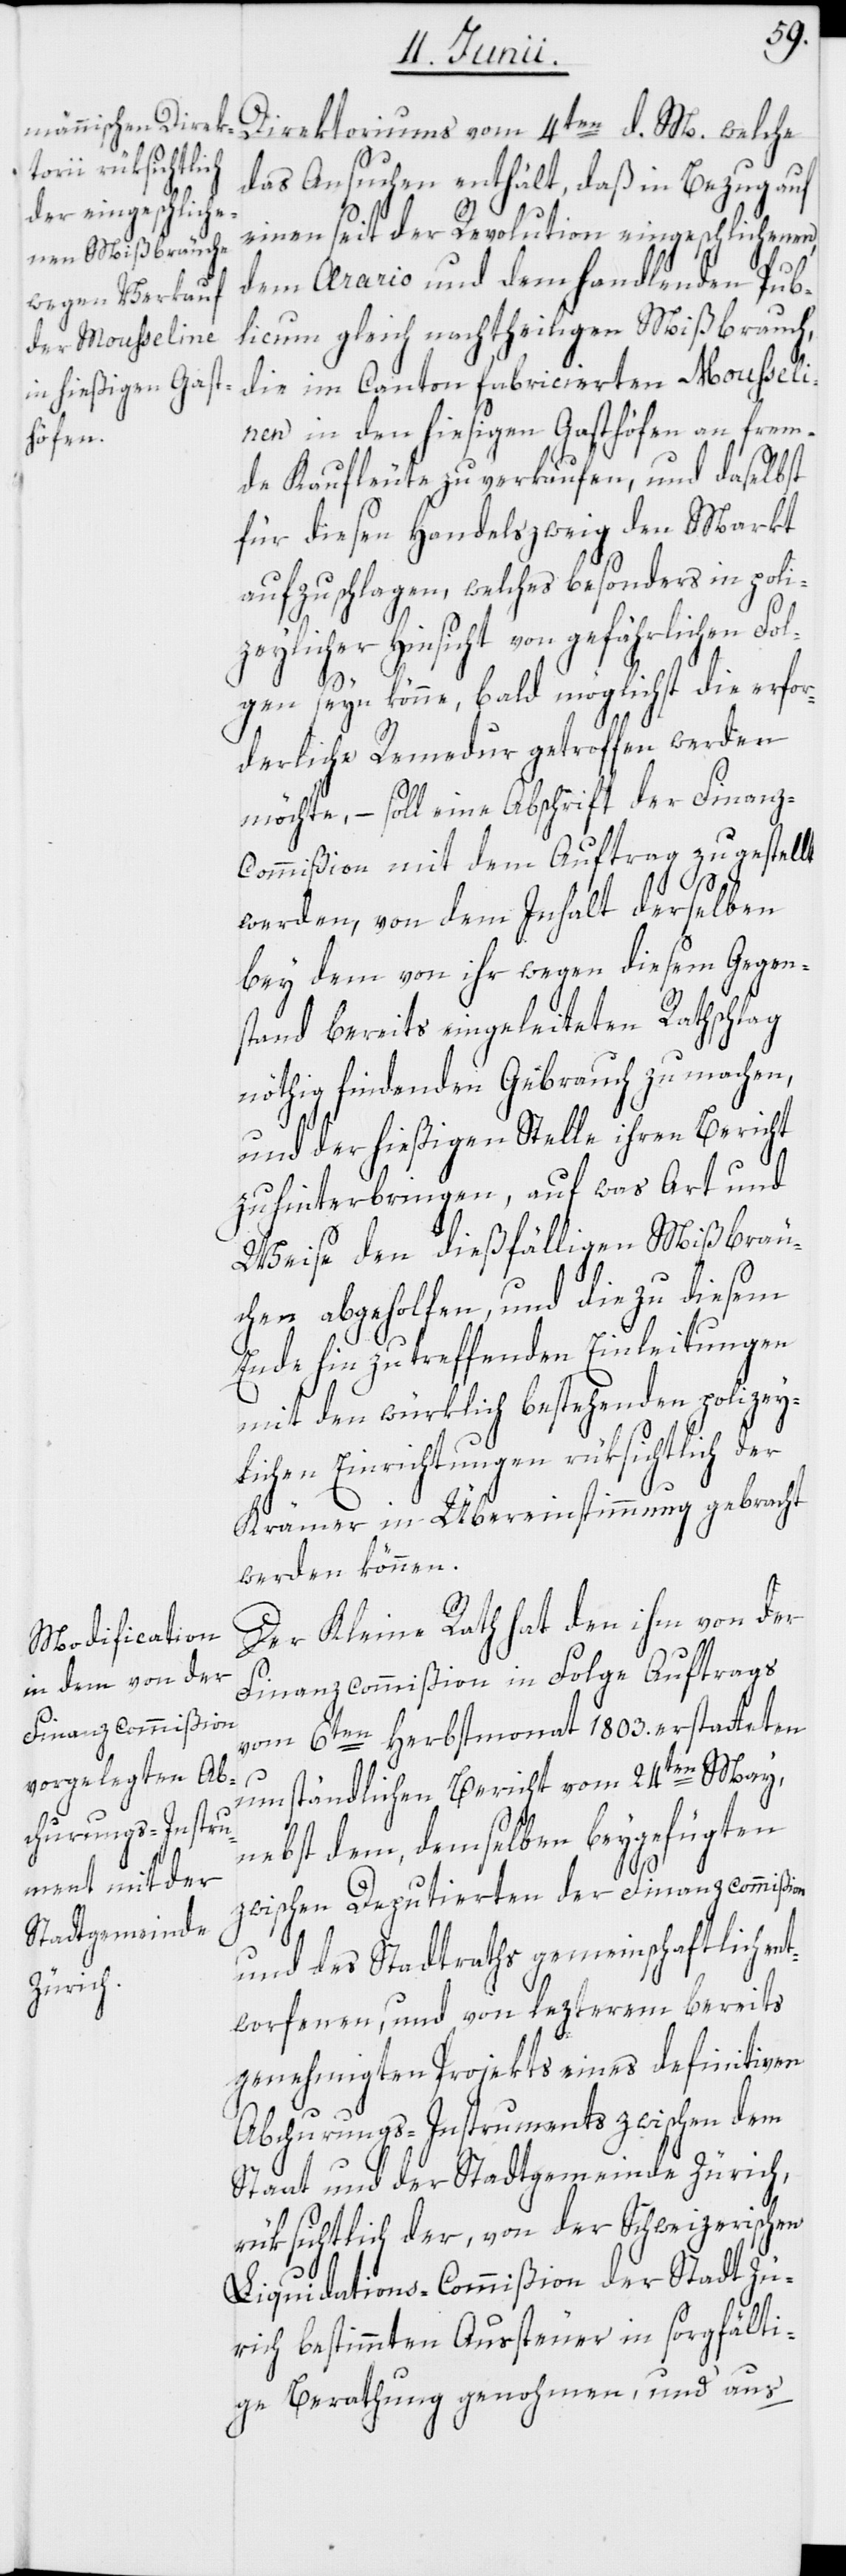
Direktoriums vom 4ten d. M. welche
das Ansuchen enthält, daß in Bezug auf
einen seit der Revolution eingeschlichenen,
dem Aerario und dem handlenden Pub¬
licums gleich nachtheiligen Mißbrauch,
die im Canton fabricierten Mousseli¬
nen in den hiesigen Gasthöfen an frem¬
de Kaufleute zu verkaufen, und daselbst
für diesen Handelszweig den Markt
aufzuschlagen, welches besonders in poli¬
zeylicher Hinsicht von gefährlichen Fol¬
gen seyn könne, bald möglichst die erfor¬
derliche Remedur getroffen werden
möchte, – soll eine Abschrift der Finanz¬
commißion mit dem Auftrag zugestellt
werden, von dem Inhalt derselben
bey dem von ihr wegen diesem Gegen¬
stand bereits eingeleiteten Rathschlag
nöthig findenden Gebrauch zu machen,
und der hießigen Stelle ihren Bericht
zu hinterbringen, auf was Art und
Weise den dießfälligen Mißbräu¬
chen abgeholfen, und die zu diesem
Ende hin zu treffenden Einleitungen
mit den würklich bestehenden polizey¬
lichen Einrichtungen rüksichtlich der
Krämer in Übereinstimmung gebracht
werden können.
Der Kleine Rath hat den ihm von der
Finanzcommißion in Folge Auftrags
vom 6ten Herbstmonat 1803. erstatteten
umständlichen Bericht vom 24ten May,
nebst dem, demselben beygefügten
zwischen Deputierten der Finanzcommißion
und des Stadtraths gemeinschaftlich en¬
tworfenen, und von lezterem bereits
genehmigten Projekts eines definitiven
Abchurungs-Instruments zwischen dem
Staat und der Stadtgemeinde Zürich,
rüksichtlich der, von der Schweizerischen
Liquidations-Commißion der Stadt Zü¬
rich bestimmten Aussteuer in sorgfälti¬
ge Berathung genohmen, und aus